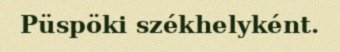
Püspöki székhelyként.